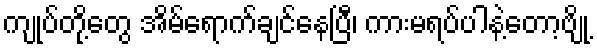
ကျုပ်တို့တွေ အိမ်ရောက်ချင်နေပြီ၊ ကားမရပ်ပါနဲ့တော့ဗျို့